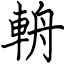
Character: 輈